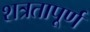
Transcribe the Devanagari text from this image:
शत्रतापूर्ण